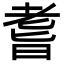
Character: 𦓀